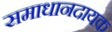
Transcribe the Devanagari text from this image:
समाधानदायक